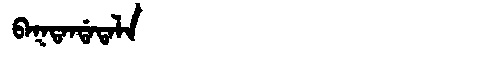
Manchu: ᠪᠠᡴᡨᠠᠨᡩᠠᡨᠠᠯᠠ
Romanization: BAKTANDATALA